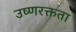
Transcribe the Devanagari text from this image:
उष्णरक्तता